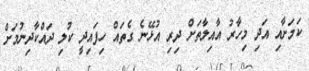
ކަމަށާއި އަދި މިހާރު އާއިލާތަށް ދިރި އުޅޭނެ ގެތައް ހިފައިދީ ކުލި ދައްކާދިނުމަށް